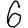
Digit: 6